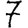
Digit: 7